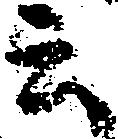
云